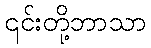
၎င်းတို့ဘာသာ